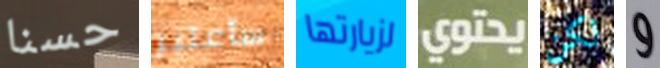
حسنا سأعتبر لزيارتها يحتوي لكن و